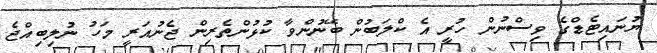
ޔުނައިޓެޑްގެ ވިސްނުން ހުރީ އެ ކްލަބުން ބޭނުންވާ ކުޅުންތެރިން ޖެނުއަރީ މަހު ނުލިބިއްޖެ